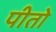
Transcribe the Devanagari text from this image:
पीतो